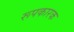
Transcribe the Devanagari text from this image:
रूपकारक